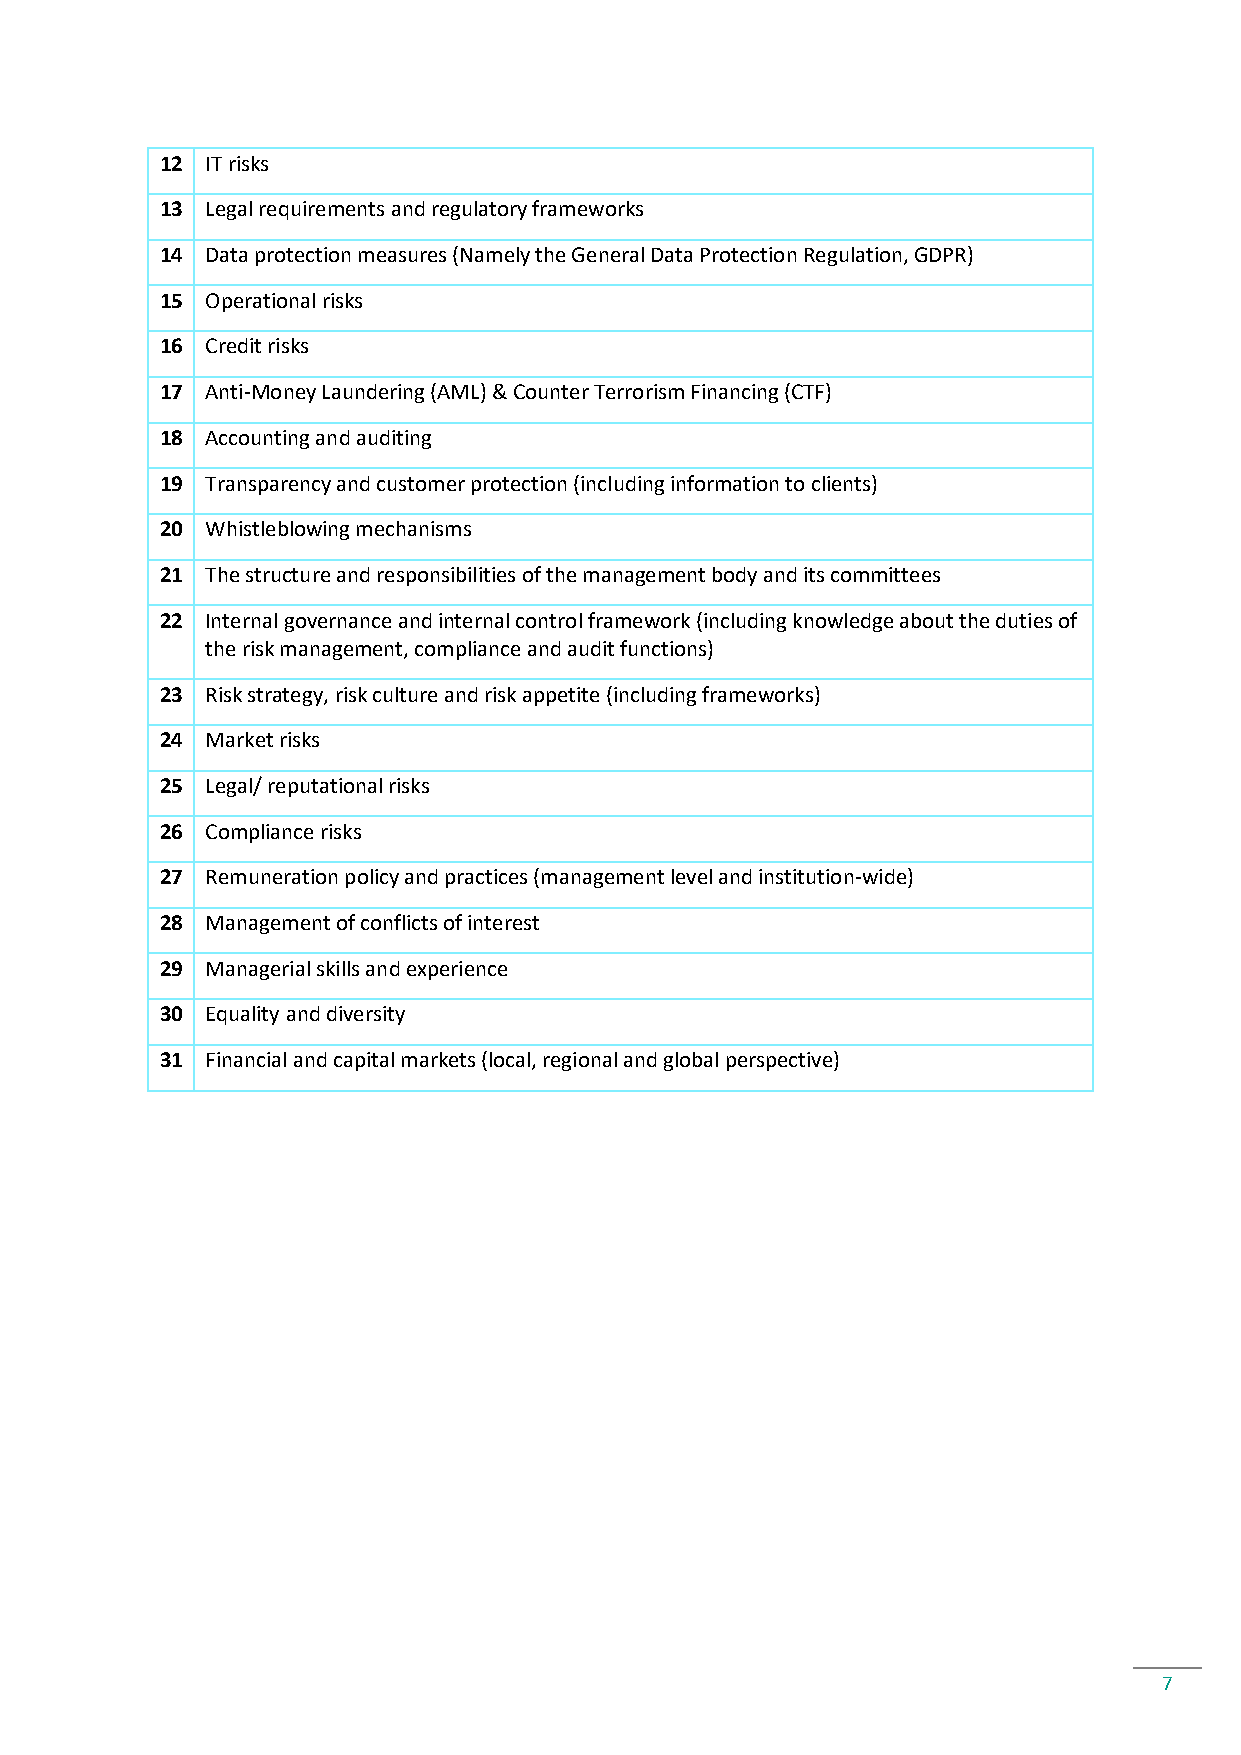
12 IT risks
 13 Legal requirements and regulatory frameworks
 14 Data protection measures (Namely the General Data Protection Regulation, GDPR)
 15 Operational risks
 16 Credit risks
 17 Anti-Money Laundering (AML) & Counter Terrorism Financing (CTF)
 18 Accounting and auditing
 19 Transparency and customer protection (including information to clients)
 20 Whistleblowing mechanisms
 21 The structure and responsibilities of the management body and its committees
 22 Internal governance and internal control framework (including knowledge about the duties of
 the risk management, compliance and audit functions)
 23 Risk strategy, risk culture and risk appetite (including frameworks)
 24 Market risks
 25 Legal/ reputational risks
 26 Compliance risks
 27 Remuneration policy and practices (management level and institution-wide)
 28 Management of conflicts of interest
 29 Managerial skills and experience
 30 Equality and diversity
 31 Financial and capital markets (local, regional and global perspective)
 7